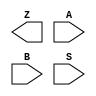
module mux_2to1(Z, A, B, S);

input A, B, S;
output Z;

wire a_select, b_select;

wire not_s;

// S: 0 => output: A
// S: 1 => output: B
not not1(not_s, S);
and and1(a_select, A, not_s);
and and2(b_select, B, S);
or or1(b_select, a_select);

endmodule